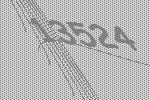
13524